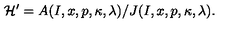
{ \cal H ^ { \prime } } = A ( I , x , p , \kappa , \lambda ) / J ( I , x , p , \kappa , \lambda ) .